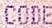
CODE